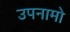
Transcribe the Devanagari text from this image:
उपनामो